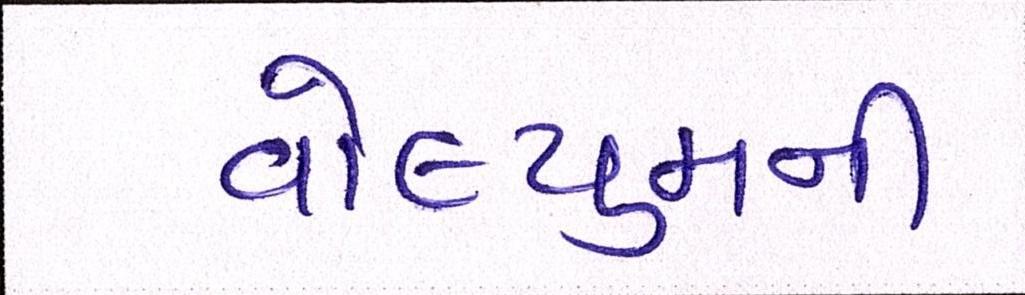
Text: વોલ્યુમની